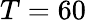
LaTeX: T=60